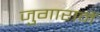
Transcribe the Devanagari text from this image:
जुगारानें